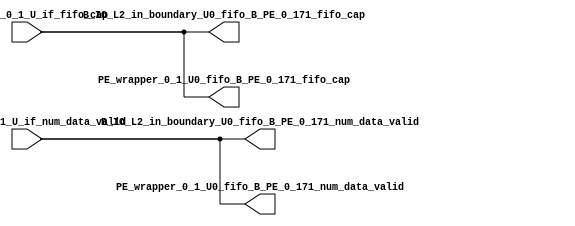
module __rs_kernel3_aux_split_aux_45 #(
    parameter C_S_AXI_CONTROL_DATA_WIDTH  = 32,
    parameter C_S_AXI_CONTROL_ADDR_WIDTH  = 6,
    parameter C_S_AXI_DATA_WIDTH          = 32,
    parameter C_M_AXI_GMEM_A_ID_WIDTH     = 1,
    parameter C_M_AXI_GMEM_A_ADDR_WIDTH   = 64,
    parameter C_M_AXI_GMEM_A_DATA_WIDTH   = 512,
    parameter C_M_AXI_GMEM_A_AWUSER_WIDTH = 1,
    parameter C_M_AXI_GMEM_A_ARUSER_WIDTH = 1,
    parameter C_M_AXI_GMEM_A_WUSER_WIDTH  = 1,
    parameter C_M_AXI_GMEM_A_RUSER_WIDTH  = 1,
    parameter C_M_AXI_GMEM_A_BUSER_WIDTH  = 1,
    parameter C_M_AXI_GMEM_A_USER_VALUE   = 0,
    parameter C_M_AXI_GMEM_A_PROT_VALUE   = 0,
    parameter C_M_AXI_GMEM_A_CACHE_VALUE  = 3,
    parameter C_M_AXI_DATA_WIDTH          = 32,
    parameter C_M_AXI_GMEM_B_ID_WIDTH     = 1,
    parameter C_M_AXI_GMEM_B_ADDR_WIDTH   = 64,
    parameter C_M_AXI_GMEM_B_DATA_WIDTH   = 512,
    parameter C_M_AXI_GMEM_B_AWUSER_WIDTH = 1,
    parameter C_M_AXI_GMEM_B_ARUSER_WIDTH = 1,
    parameter C_M_AXI_GMEM_B_WUSER_WIDTH  = 1,
    parameter C_M_AXI_GMEM_B_RUSER_WIDTH  = 1,
    parameter C_M_AXI_GMEM_B_BUSER_WIDTH  = 1,
    parameter C_M_AXI_GMEM_B_USER_VALUE   = 0,
    parameter C_M_AXI_GMEM_B_PROT_VALUE   = 0,
    parameter C_M_AXI_GMEM_B_CACHE_VALUE  = 3,
    parameter C_M_AXI_GMEM_C_ID_WIDTH     = 1,
    parameter C_M_AXI_GMEM_C_ADDR_WIDTH   = 64,
    parameter C_M_AXI_GMEM_C_DATA_WIDTH   = 512,
    parameter C_M_AXI_GMEM_C_AWUSER_WIDTH = 1,
    parameter C_M_AXI_GMEM_C_ARUSER_WIDTH = 1,
    parameter C_M_AXI_GMEM_C_WUSER_WIDTH  = 1,
    parameter C_M_AXI_GMEM_C_RUSER_WIDTH  = 1,
    parameter C_M_AXI_GMEM_C_BUSER_WIDTH  = 1,
    parameter C_M_AXI_GMEM_C_USER_VALUE   = 0,
    parameter C_M_AXI_GMEM_C_PROT_VALUE   = 0,
    parameter C_M_AXI_GMEM_C_CACHE_VALUE  = 3,
    parameter C_S_AXI_CONTROL_WSTRB_WIDTH = 4,
    parameter C_S_AXI_WSTRB_WIDTH         = 4,
    parameter C_M_AXI_GMEM_A_WSTRB_WIDTH  = 64,
    parameter C_M_AXI_WSTRB_WIDTH         = 4,
    parameter C_M_AXI_GMEM_B_WSTRB_WIDTH  = 64,
    parameter C_M_AXI_GMEM_C_WSTRB_WIDTH  = 64
) (
    output wire [1:0] B_IO_L2_in_boundary_U0_fifo_B_PE_0_171_fifo_cap,
    output wire [1:0] B_IO_L2_in_boundary_U0_fifo_B_PE_0_171_num_data_valid,
    output wire [1:0] PE_wrapper_0_1_U0_fifo_B_PE_0_171_fifo_cap,
    output wire [1:0] PE_wrapper_0_1_U0_fifo_B_PE_0_171_num_data_valid,
    input wire  [1:0] fifo_B_PE_0_1_U_if_fifo_cap,
    input wire  [1:0] fifo_B_PE_0_1_U_if_num_data_valid
);
assign B_IO_L2_in_boundary_U0_fifo_B_PE_0_171_fifo_cap = fifo_B_PE_0_1_U_if_fifo_cap;
assign B_IO_L2_in_boundary_U0_fifo_B_PE_0_171_num_data_valid = fifo_B_PE_0_1_U_if_num_data_valid;
assign PE_wrapper_0_1_U0_fifo_B_PE_0_171_fifo_cap = fifo_B_PE_0_1_U_if_fifo_cap;
assign PE_wrapper_0_1_U0_fifo_B_PE_0_171_num_data_valid = fifo_B_PE_0_1_U_if_num_data_valid;
endmodule